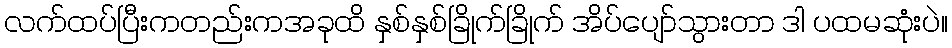
လက်ထပ်ပြီးကတည်းကအခုထိ နှစ်နှစ်ခြိုက်ခြိုက် အိပ်ပျော်သွားတာ ဒါ ပထမဆုံးပဲ။